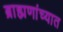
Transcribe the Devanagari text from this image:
ब्राह्मणांच्यात